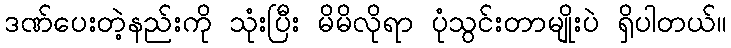
ဒဏ်ပေးတဲ့နည်းကို သုံးပြီး မိမိလိုရာ ပုံသွင်းတာမျိုးပဲ ရှိပါတယ်။